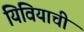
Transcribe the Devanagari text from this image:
यिवियाची